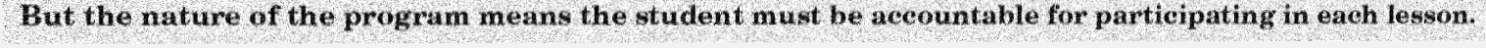
But the nature of the program means the student must be accountable for participating in each lesson.